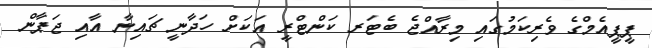
ޕީޕީއެމްގެ ވެރިކަމުގައި މިރާއްޖެ ބެޓަރ ކަންޓްރީ އަކަށް ހަދާނީ ޗައިނާ އާއި ޖަޕާން